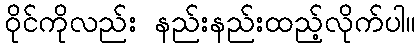
ဝိုင်ကိုလည်း နည်းနည်းထည့်လိုက်ပါ။